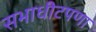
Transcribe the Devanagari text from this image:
सभाधीटपणा